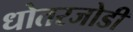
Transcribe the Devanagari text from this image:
धोतरजोडी